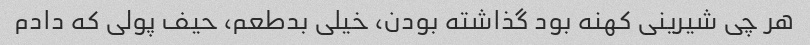
هر چی شیرینی کهنه بود گذاشته بودن، خیلی بدطعم، حیف پولی که دادم